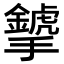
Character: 𢹁